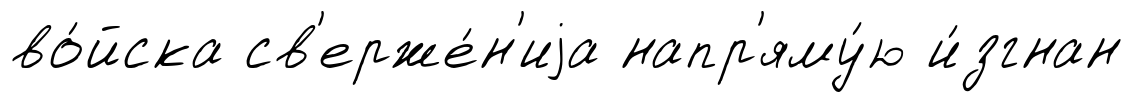
во́йска св'ерже́н'иjа напр'яму́ю и́згнан